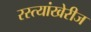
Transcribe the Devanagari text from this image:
रस्त्यांखेरीज